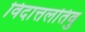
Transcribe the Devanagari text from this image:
विदात्तलतिवु